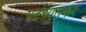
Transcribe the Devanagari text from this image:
पदच्युतकर